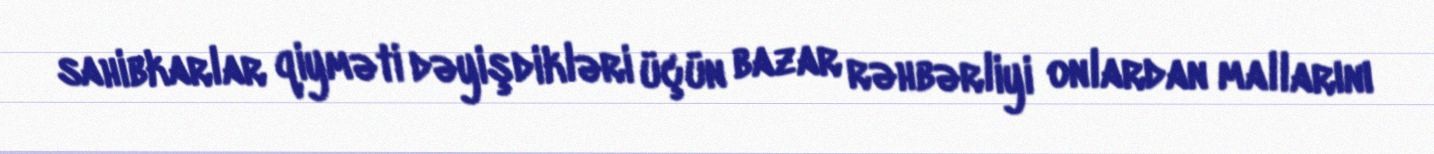
sahibkarlar qiyməti dəyişdikləri üçün bazar rəhbərliyi onlardan mallarını